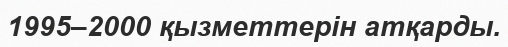
1995–2000 қызметтерін атқарды.